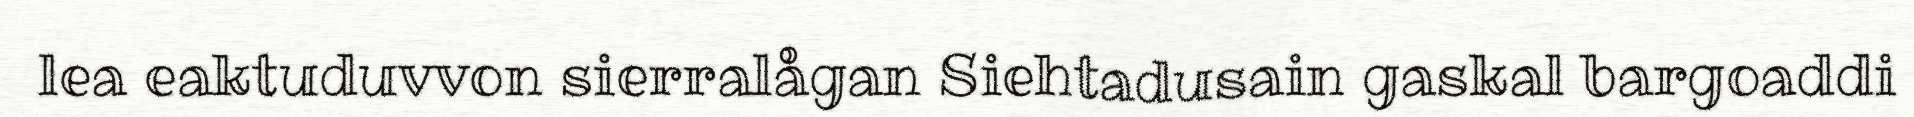
lea eaktuduvvon sierralågan Siehtadusain gaskal bargoaddi